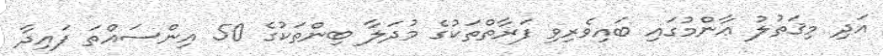
އަދި މިޤަތުލު ޢާންމުގައި ބައިވެރިވި ފަރާތްތަކުގެ މުދަލާ ބިންތަކުގެ 50 އިންސައްތަ ފައިދާ